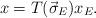
LaTeX: \begin{align*}x=T(\vec\sigma_E)x_E. \end{align*}